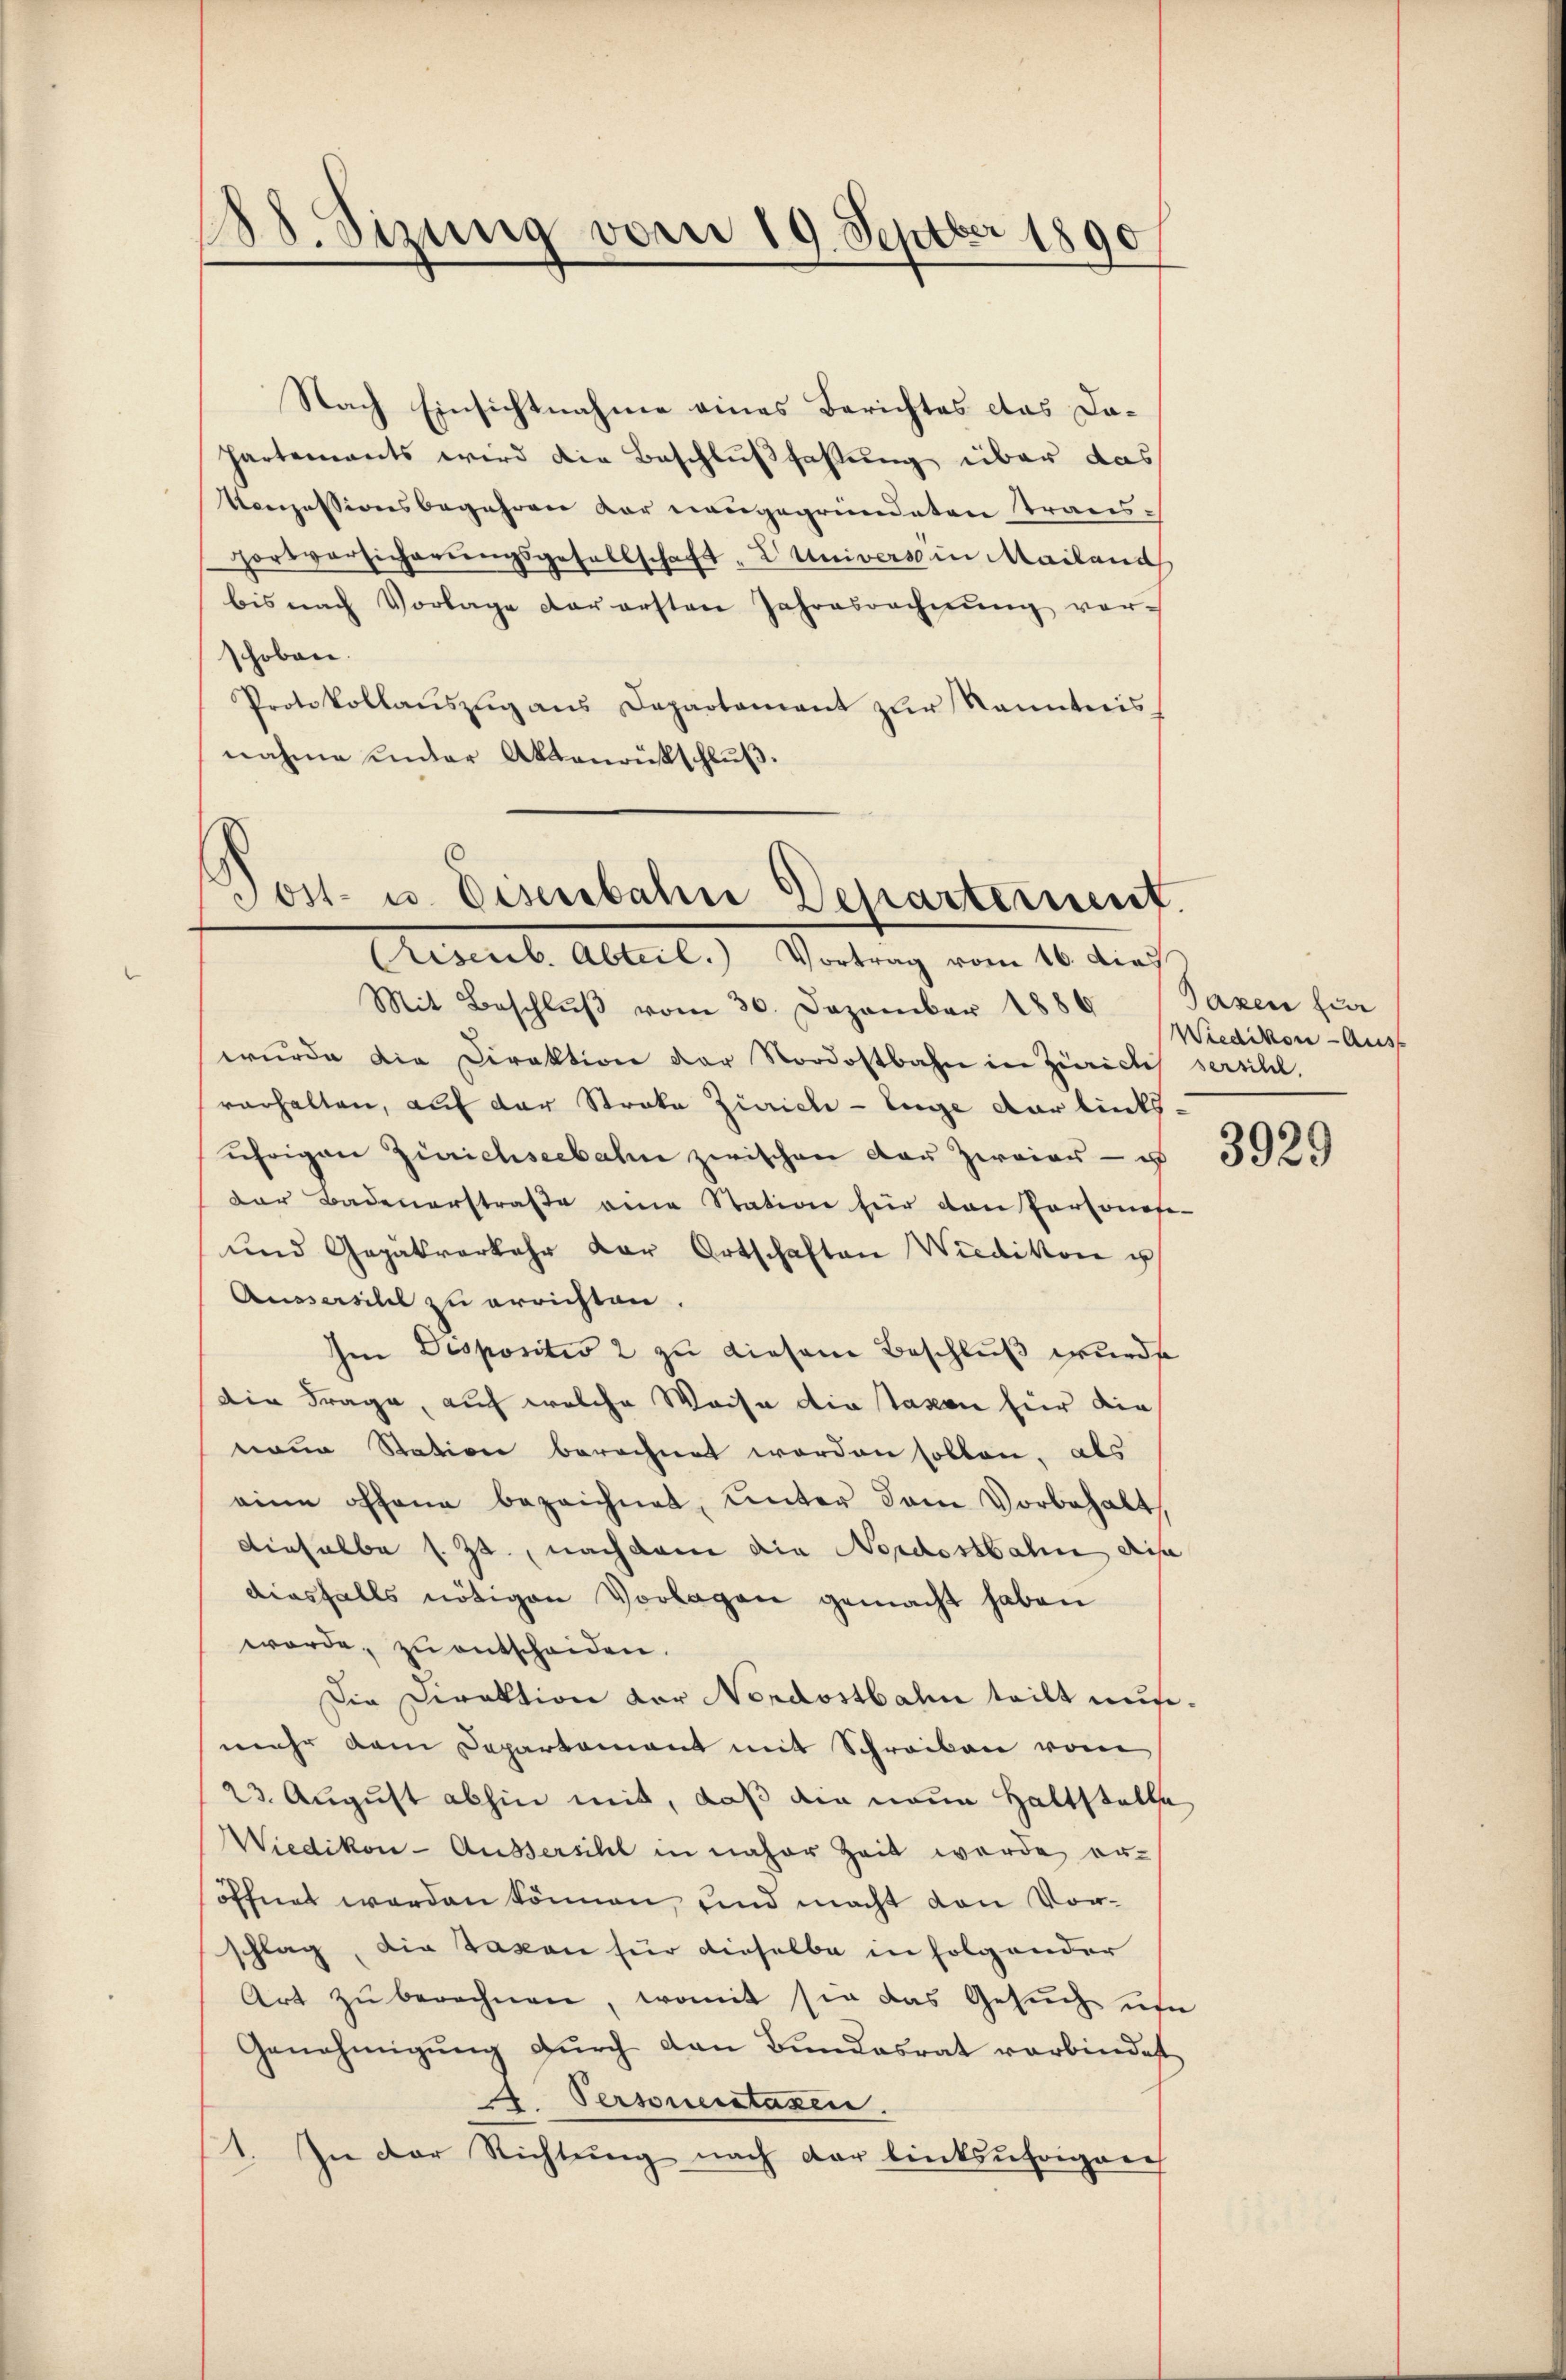
28. Sizung vom 19. Septber 1890

Nach Einsichtnahme eines Berichtes das Da¬
Partements wird die Beschlußfassung über das
Vonzessionsbegehren der nangegründeten Transportversicherŭngsgesellschaft, L Universein Mailand
bis nach Vorlage der ersten Jahresrechnung vorschoben.
Protokollaŭszŭg aŭs Departament zŭr kanntnis
nahme inder Aktenrückschluß.

Post- u. Deserbahne Departement.
Crisenb. Abteil. Vortrag vom 16. dies

Mit Beschlŭβ vom 30. Dezember 1886 Taxen für
wurde die Direktion der Nordostbahn in Züricli sersihl.
verhalten, auf der Stroka Zürich-Enge der links-
uhrigen Zürichseebahn zwischen der Zweier - es
der Badenerstraße eine Station für den Personafe-
und Gepätverkehr der Ortschaften Wiedikon u
Aussersihl zu errichten.
Im Dispositio 2 zu diesem Beschluß wurde
die Frage, auf welche Waise die Taxen für die
naue Station berechnet worden sollen, als
eine offene bezeichnet, unter dem Vorbehalt,
dieselbe s. Zt. nachdem die Nordostbahn dis
diesfalls nötigen Vorlagen gemacht haben
werde, zu entscheiden.
Die Direktion der Nordostbahn teilt aufmehr dem Departement mit Schreiben vom
23. August abhin mit, daß die neue Haltstelle
Wiedikon - Aussersihl in naher Zeit werde er-
öffnet werden können, und macht den Vorschlag, die Taxen für dieselbe in folgender
Art zu berechnen, womit sie das Gesuch um
Genehmigŭng dŭrch dan Bŭndesrat verbindet
. Personenstaxen.
1. In der Richtung nach der linksufrigen

Wiedikon - Auss

3929